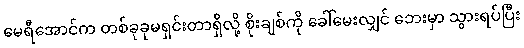
မေရီအောင်က တစ်ခုခုမရှင်းတာရှိလို့ စိုးချစ်ကို ခေါ်မေးလျှင် ဘေးမှာ သွားရပ်ပြီး